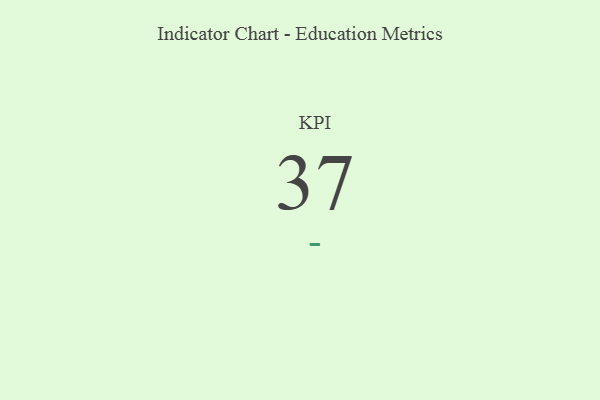
{"axis": {"x": "KPI", "y": "Value"}, "legend": [""], "data": [{"x": "KPI", "y": 37, "type": ""}]}